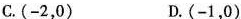
C.(-2，0) D.(-1，0)